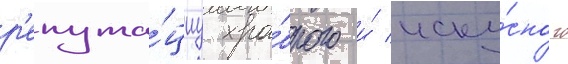
р'епута́циу хра́брого и́ иску́сного